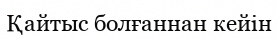
Қайтыс болғаннан кейін